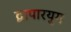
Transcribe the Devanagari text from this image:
द्वापारयुग